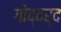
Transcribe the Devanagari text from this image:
गोद्दर्द